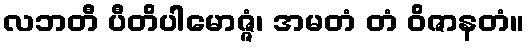
လဘတီ ပီတိပါမောဇ္ဇံ၊ အမတံ တံ ဝိဇာနတံ။